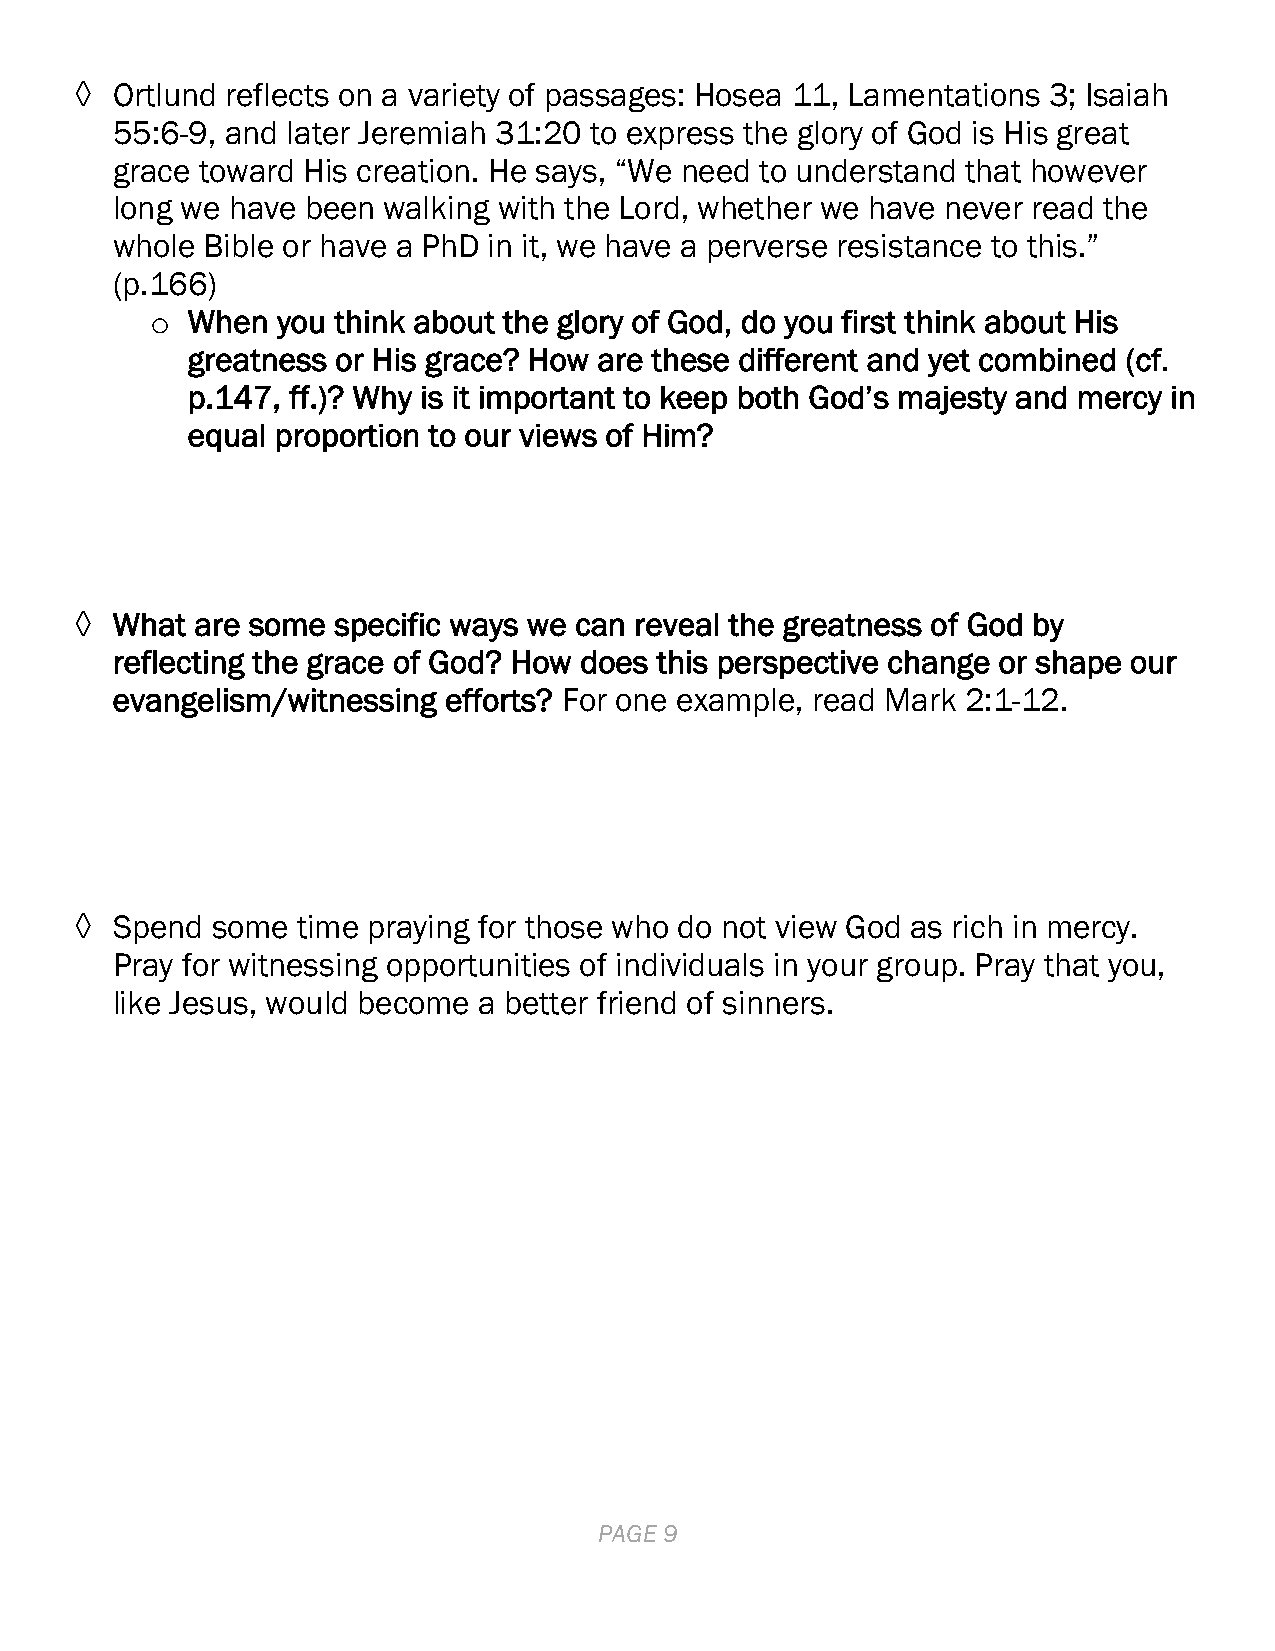
◊ Ortlund reflects on a variety of passages: Hosea 11, Lamentations 3; Isaiah
 55:6-9, and later Jeremiah 31:20 to express the glory of God is His great
 grace toward His creation. He says, “We need to understand that however
 long we have been walking with the Lord, whether we have never read the
 whole Bible or have a PhD in it, we have a perverse resistance to this.”
 (p.166)
 o When  you think about the glory of God, do you first think about His
 greatness or His grace? How are these different and yet combined (cf.
 p.147, ff.)? Why is it important to keep both God’s majesty and mercy in
 equal proportion to our views of Him?
 ◊ What  are some specific ways we can reveal the greatness of God by
 reflecting the grace of God? How does this perspective change or shape our
 evangelism/witnessing efforts? For one example, read Mark 2:1-12.
 ◊ Spend  some  time praying for those who do not view God as rich in mercy.
 Pray for witnessing opportunities of individuals in your group. Pray that you,
 like Jesus, would become a better friend of sinners.
 PAGE 9